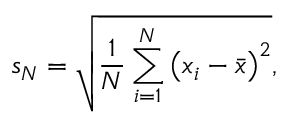
s _ { N } = { \sqrt { { \frac { 1 } { N } } \sum _ { i = 1 } ^ { N } \left( x _ { i } - { \bar { x } } \right) ^ { 2 } } } ,